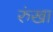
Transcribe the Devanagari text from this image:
रुंखा